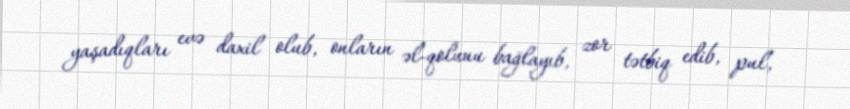
yaşadıqları evə daxil olub, onların əl-qolunu bağlayıb, zor tətbiq edib, pul,